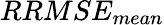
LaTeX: RRMSE_{mean}